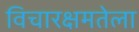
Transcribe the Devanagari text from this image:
विचारक्षमतेला